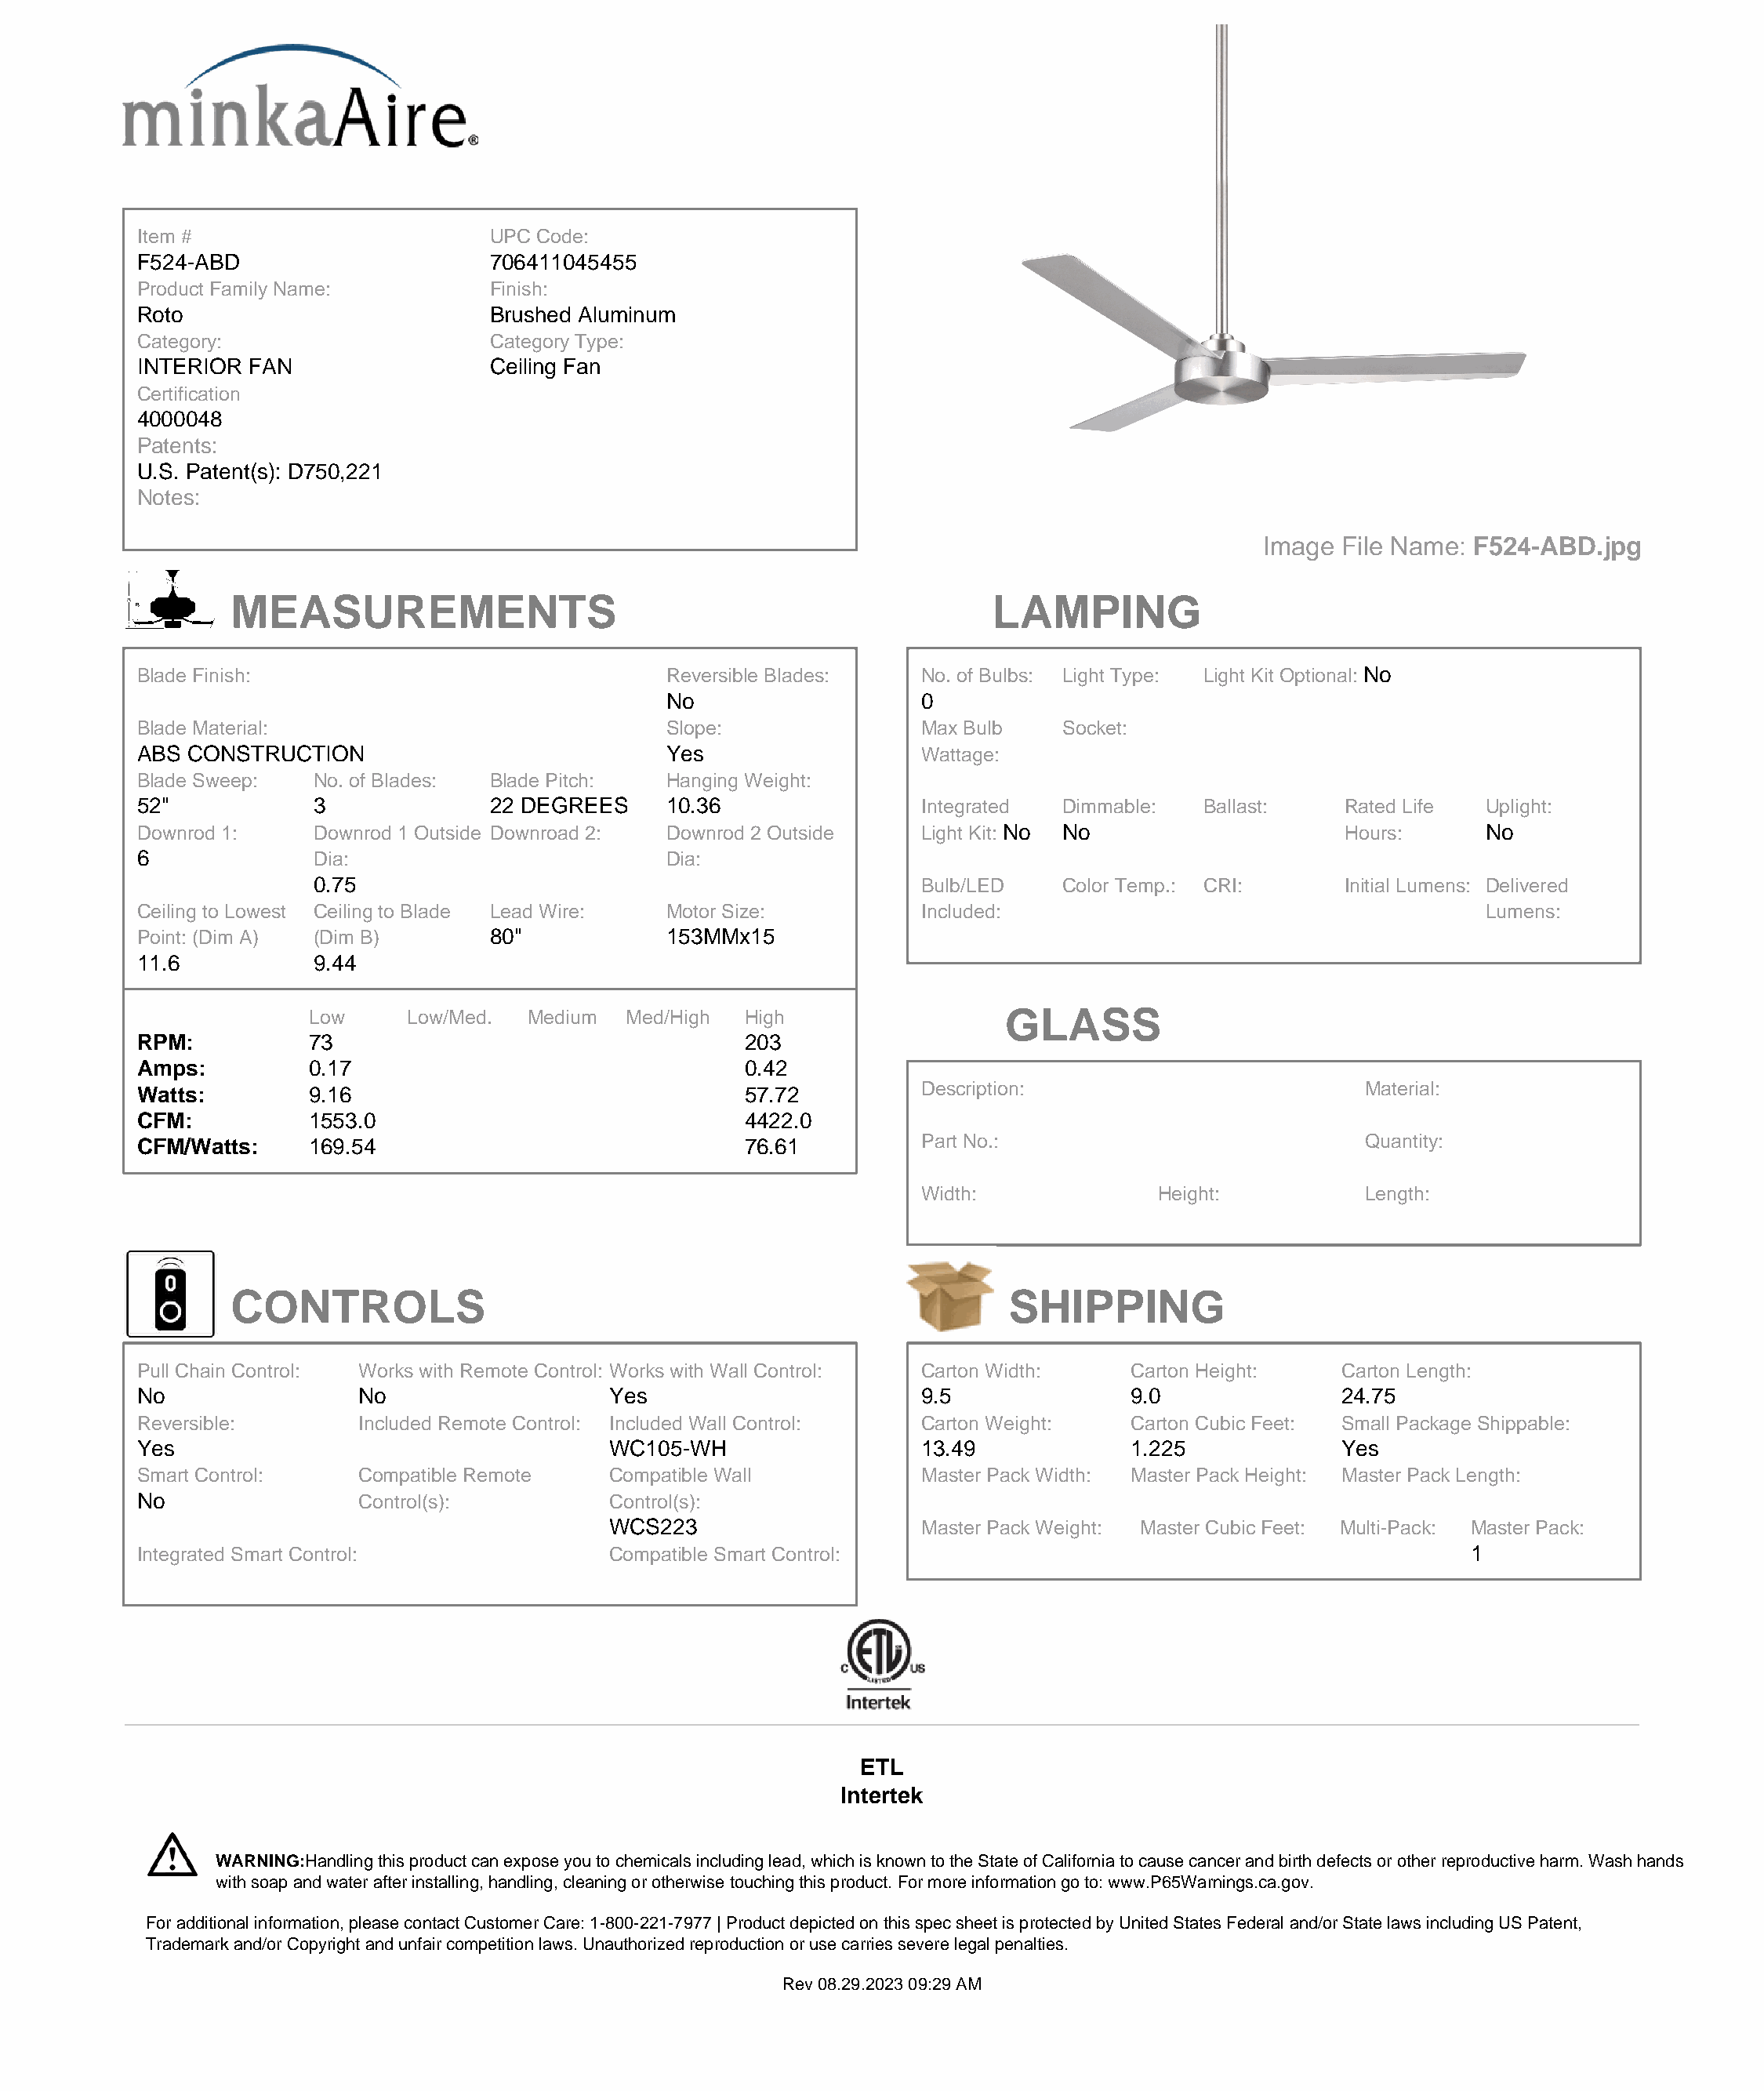
Item #                       UPC Code:
 F524-ABD                     706411045455
 Product Family Name:         Finish:
 Roto                         Brushed Aluminum
 Category:                    Category Type:
 INTERIOR FAN                 Ceiling Fan
 Certification
 4000048
 Patents:
 U.S. Patent(s): D750,221
 Notes:
 Image File Name: F524-ABD.jpg
 MEASUREMENTS                                                     LAMPING
 Blade Finish:                               Reversible Blades:    No. of Bulbs: Light Type: Light Kit Optional: No
 No                    0
 Blade Material:                             Slope:                Max Bulb    Socket:
 ABS CONSTRUCTION                            Yes                   Wattage:
 Blade Sweep:  No. of Blades: Blade Pitch:   Hanging Weight:
 52"           3              22 DEGREES     10.36                 Integrated  Dimmable:   Ballast:    Rated Life Uplight:
 Downrod 1:    Downrod 1 Outside Downroad 2: Downrod 2 Outside     Light Kit: No No                    Hours:     No
 6             Dia:                          Dia:
 0.75                                                Bulb/LED    Color Temp.: CRI:       Initial Lumens: Delivered
 Ceiling to Lowest Ceiling to Blade Lead Wire: Motor Size:         Included:                                      Lumens:
 Point: (Dim A) (Dim B)       80"            153MMx15
 11.6          9.44
 Low     Low/Med.   Medium  Med/High  High                  GLASS
 RPM:          73                                   203
 Amps:         0.17                                 0.42
 Watts:        9.16                                 57.72          Description:                         Material:
 CFM:          1553.0                               4422.0
 CFM/Watts:    169.54                               76.61          Part No.:                            Quantity:
 Width:              Height:          Length:
 CONTROLS                                                          SHIPPING
 Pull Chain Control: Works with Remote Control: Works with Wall Control: Carton Width: Carton Height: Carton Length:
 No                No                   Yes                        9.5              9.0               24.75
 Reversible:       Included Remote Control: Included Wall Control: Carton Weight:   Carton Cubic Feet: Small Package Shippable:
 Yes                                    WC105-WH                   13.49            1.225             Yes
 Smart Control:    Compatible Remote    Compatible Wall            Master Pack Width: Master Pack Height: Master Pack Length:
 No                Control(s):          Control(s):
 WCS223                     Master Pack Weight: Master Cubic Feet: Multi-Pack: Master Pack:
 Integrated Smart Control:              Compatible Smart Control:                                                1
 ETL
 Intertek
 WARNING:Handling this product can expose you to chemicals including lead, which is known to the State of California to cause cancer and birth defects or other reproductive harm. Wash hands
 with soap and water after installing, handling, cleaning or otherwise touching this product. For more information go to: www.P65Warnings.ca.gov.
 For additional information, please contact Customer Care: 1-800-221-7977 | Product depicted on this spec sheet is protected by United States Federal and/or State laws including US Patent,
 Trademark and/or Copyright and unfair competition laws. Unauthorized reproduction or use carries severe legal penalties.
 Rev 08.29.2023 09:29 AM